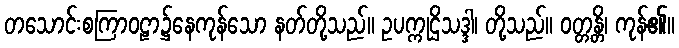
တသောင်းစကြာဝဠာ၌နေကုန်သော နတ်တို့သည်။ ဥပက္ကုဌိသဒ္ဒါ၊ တို့သည်။ ဝတ္တန္တိ၊ ကုန်၏။